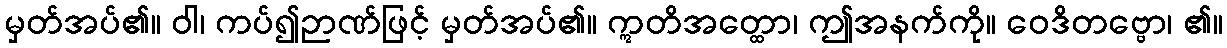
မှတ်အပ်၏။ ဝါ၊ ကပ်၍ဉာဏ်ဖြင့် မှတ်အပ်၏။ ဣတိအတ္ထော၊ ဤအနက်ကို။ ဝေဒိတဗ္ဗော၊ ၏။